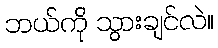
ဘယ်ကို သွားချင်လဲ။